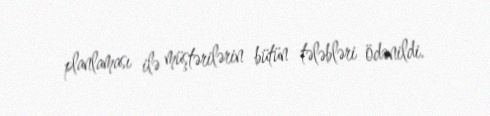
planlaması ilə müştərilərin bütün tələbləri ödənildi.